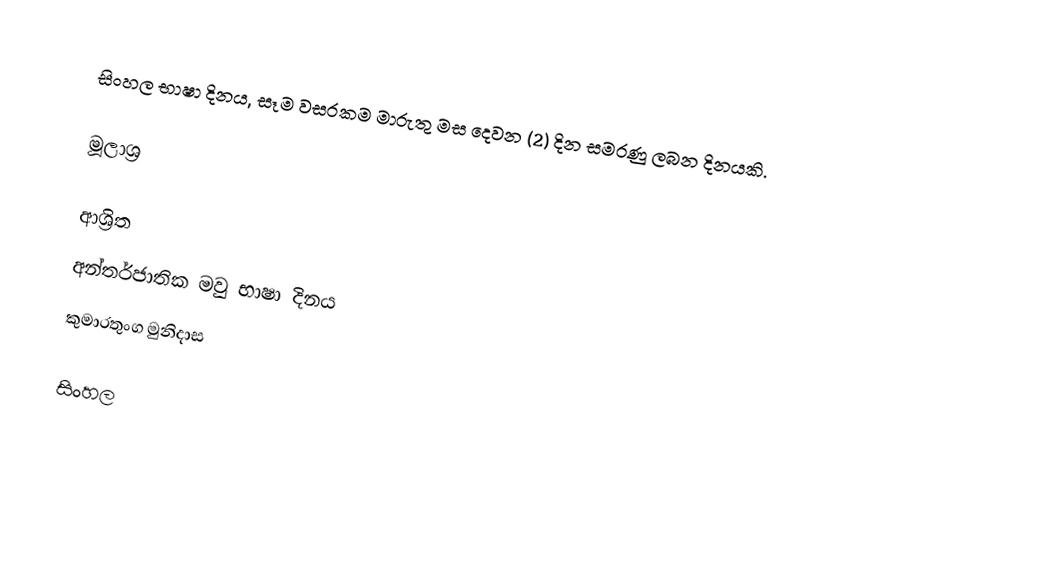
සිංහල භාෂා දිනය, සෑම වසරකම මාරුතු මස දෙවන (2) දින සමරණු ලබන දිනයකි.

මූලාශ්‍ර

ආශ්‍රිත
 අන්ත­ර්ජා­තික මවු භාෂා දිනය
 කුමා­ර­තුංග මුනි­දා­ස

සිංහල